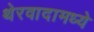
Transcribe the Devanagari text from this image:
थेरवादामध्ये